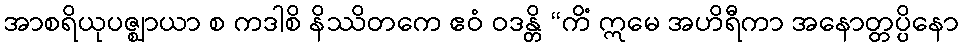
အာစရိယုပဇ္ဈာယာ စ ကဒါစိ နိဿိတကေ ဧဝံ ဝဒန္တိ “ကိံ ဣမေ အဟိရီကာ အနောတ္တပ္ပိနော